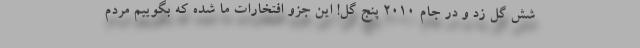
شش گل زد و در جام 2010 پنج گل! این جزو افتخارات ما شده که بگوییم مردم